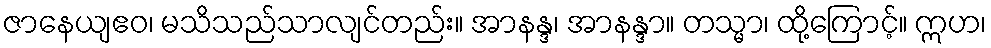
ဇာနေယျဧဝ၊ မသိသည်သာလျင်တည်း။ အာနန္ဒ၊ အာနန္ဒာ။ တသ္မာ၊ ထို့ကြောင့်။ ဣဟ၊